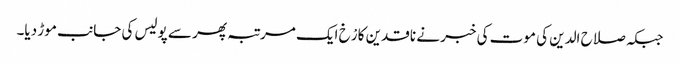
جبکہ صلاح الدین کی موت کی خبر نے ناقدین کا رْخ ایک مرتبہ پھر سے پولیس کی جانب موڑ دیا۔